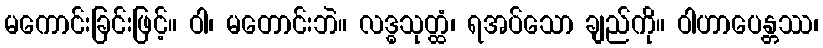
မကောင်းခြင်းဖြင့်။ ဝါ၊ မတောင်းဘဲ။ လဒ္ဓသုတ္ထံ၊ ရအပ်သော ချည်ကို။ ဝါဟာပေန္တဿ၊